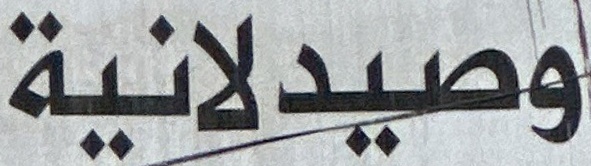
وصیدلانیة